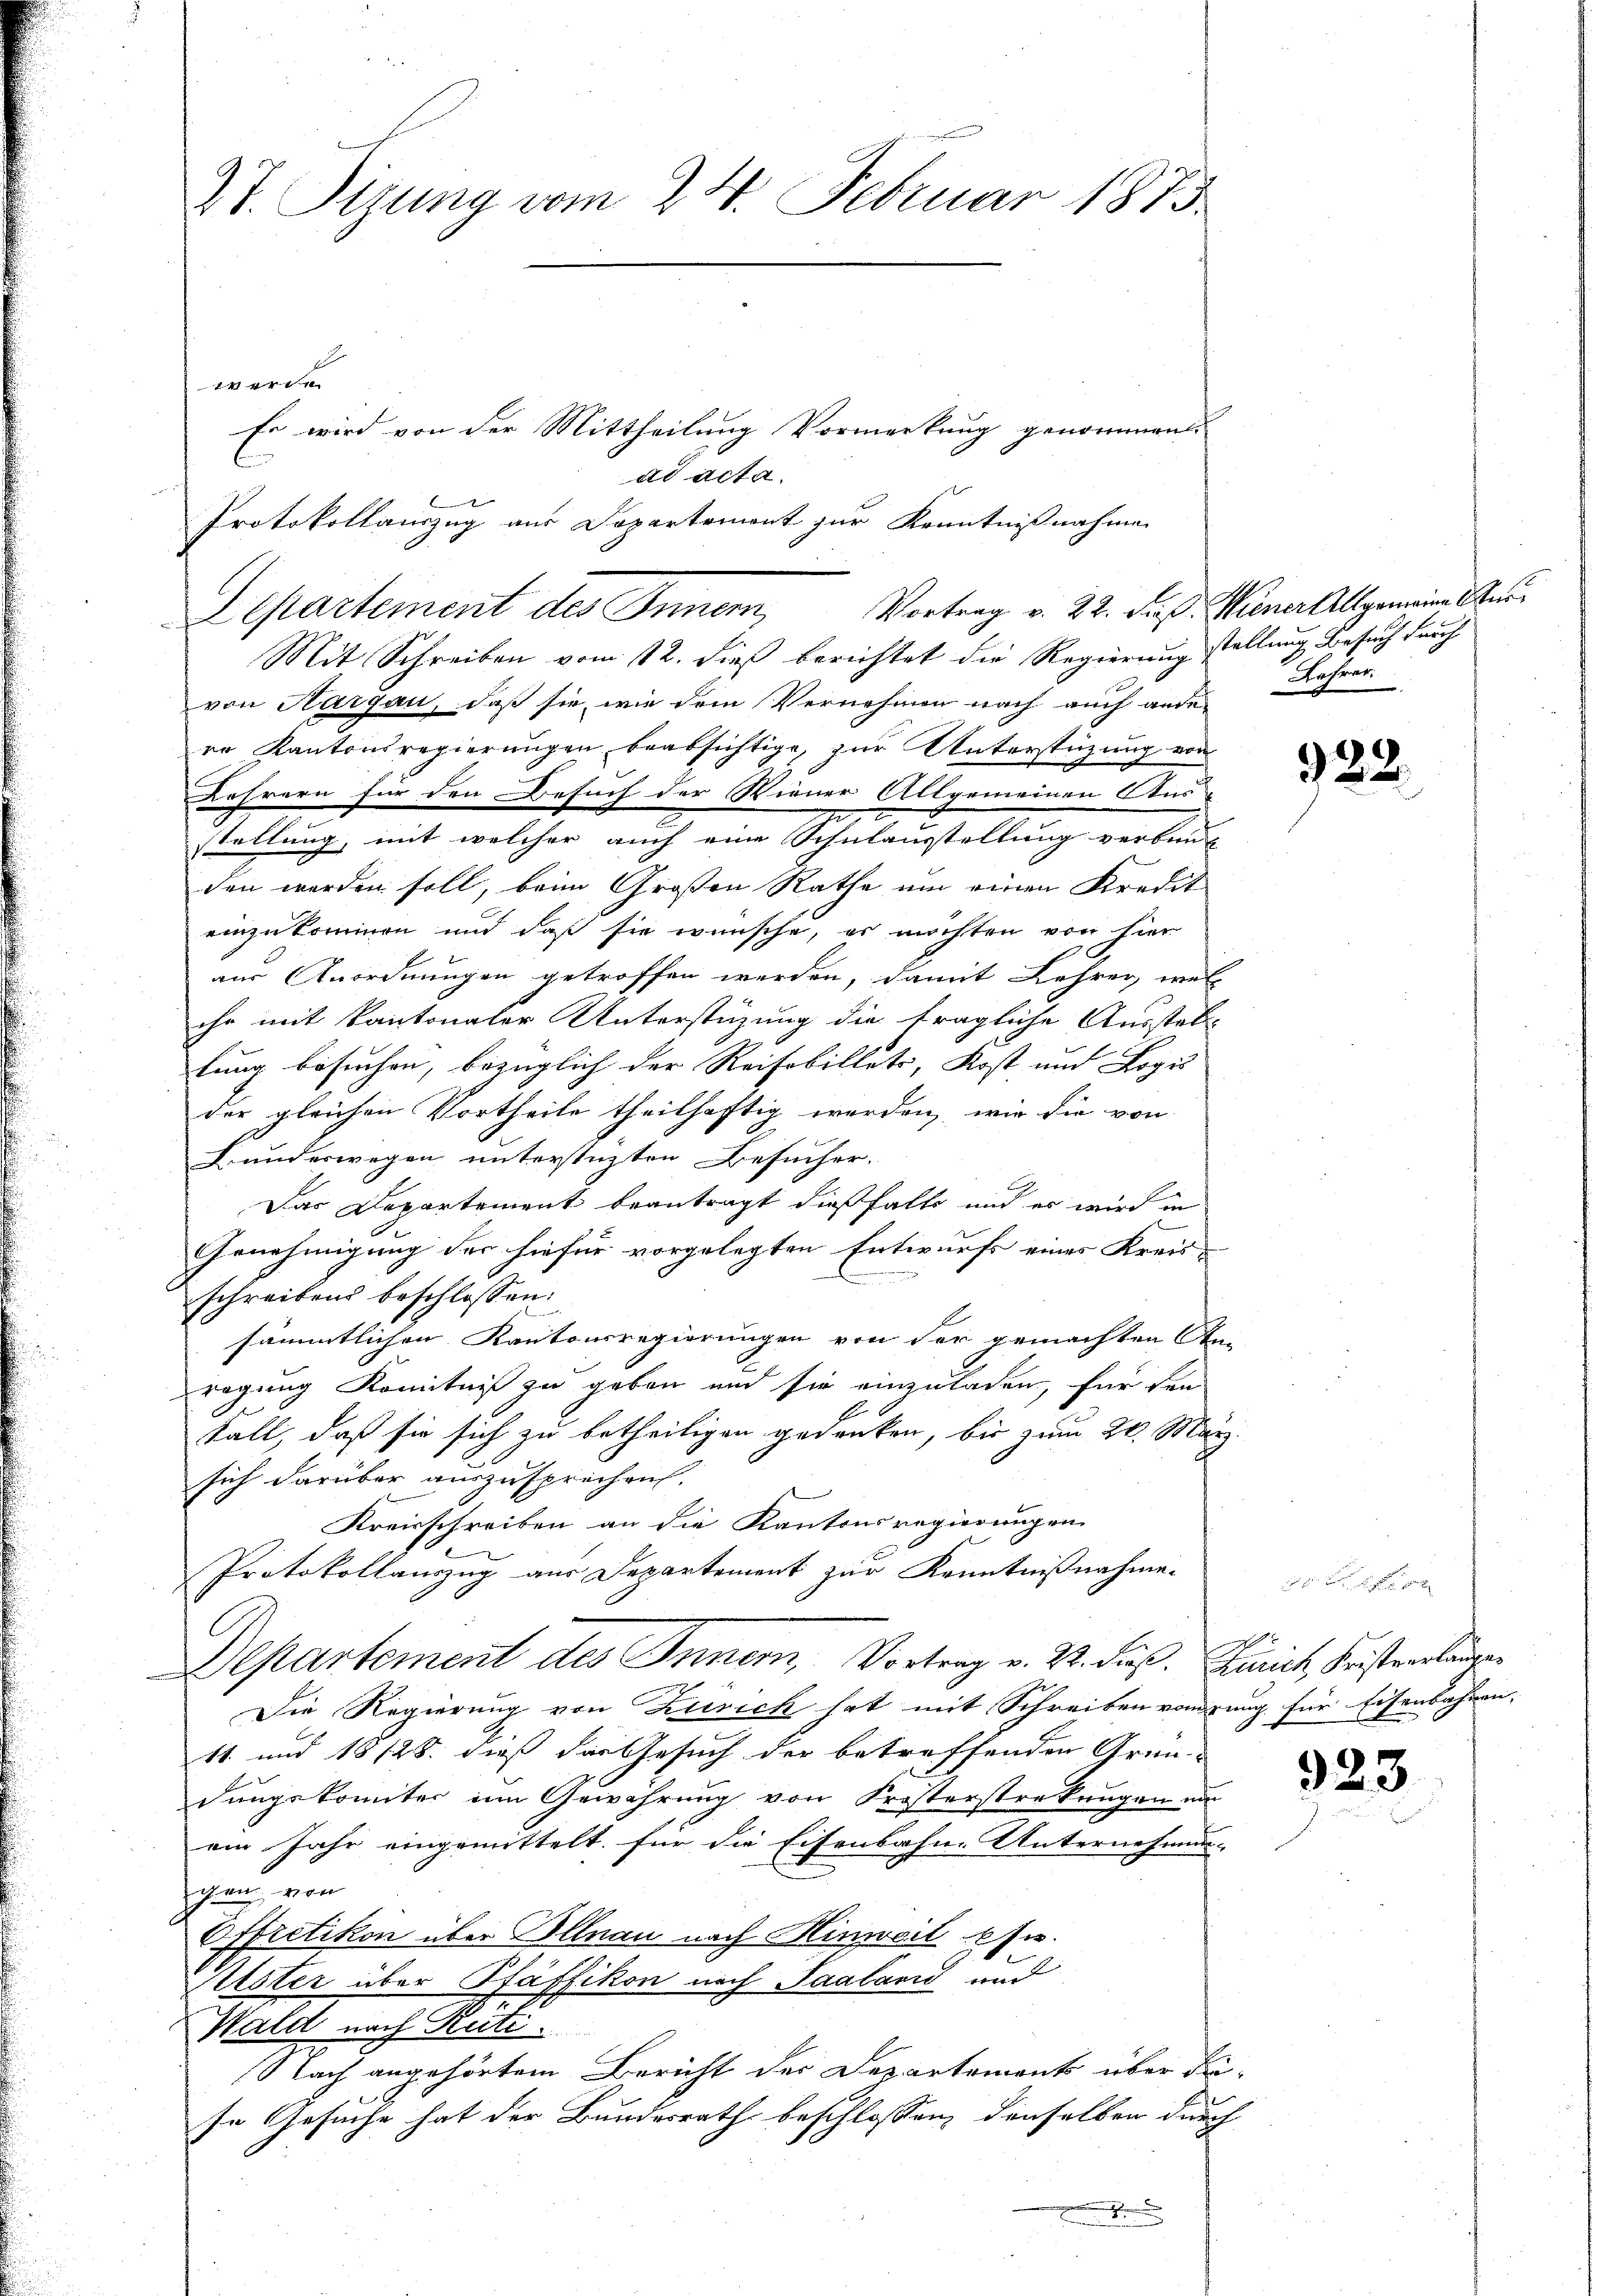
27. Sizung vom 24. Februar 1873

werde
Mit Schreiben vom 12. dieß berichtet die Regierung stellung Besuch durch
von Hargau, daß sie, wie dem Vernehmen nach auch ander Lehrer
re Kantonsregierŭngen beabsichtige, zur Unterstützung von
Lehrern für den Besuch der Wiener Allgemeinen Aus-
2
stellung, mit welcher auch eine Schulausstellung verbunden werden soll, beim Großen Rathe um einen Kredit
einzukommen und daß sie wünsche, es möchten von hier
aus Anordnungen getroffen werden, damit Lehrer, welc
ihr mit kantonaler Unterstüzung die fragliche Ausstat-
lung besuchen, bezüglich der Reifobillets, Kost und Logis
der gleichen Vortheile theilhaftig werden, wie die von
Kunderwegen unterstüzten Besucher.
Das Departement beantragt dießfalls und es wird in
Genehmigung der hiefür vorgelegten Entwurfs eines Kreisschreibend beschlossen:
sämmtlichen Kantonsregierungen von der gemachten An-
ragung Kenntniß zu geben und sie einzuladen, für den
Fall, daß sie sich zu betheiligen gedanken, bis zum 20. März.
sich darüber auszusprechen.
Kreisschreiben an die Kantonsregierungen
Protokollauszug aus Departement zur Kenntnißnahmen
Departement des Inner, Vortrag v. 22. Fuß. Einrich Fristverlangen
Die Regierung von Zürich hat mit Schreiben vorzung für Eisenbahren,
11. und 18128. dieß der Gesuch der betreffenden Grün-
dungskomiter im Gewährung von Frosterstrekungen um
ein Jahr eingemittelt für die Eisenbahn-Unternehmun-
gen von
Offretikon über Illnau nach Hinweil es.
Alster über Pfäffikon nach Saaland und
Wald nach Rüti.
Nach angehörtem Bericht der Departements über diese Gesuche hat der Bundesrath beschlossen, denselben durch
e Kenn

Departement des Inner,

ad acta.
Protokollauszug aus Departement zur Kenntnißnahmen

Es wird von der Mittheilung Vormerkung genommen

Vortrag v. 22. Fuß. Miener Allgemeine See¬

322.

923